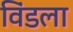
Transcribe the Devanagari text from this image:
विंडला